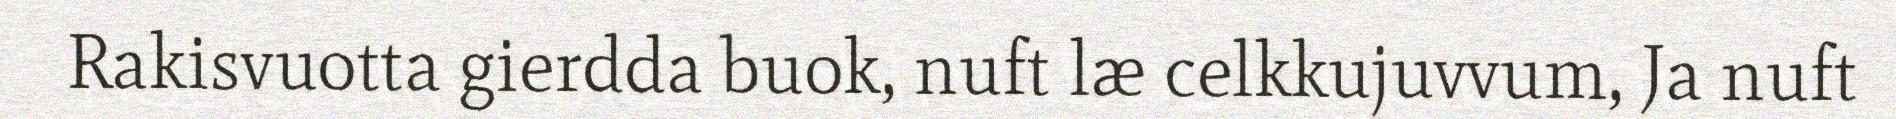
Rakisvuotta gierdda buok, nuft læ celkkujuvvum, Ja nuft